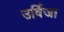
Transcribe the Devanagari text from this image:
उर्विजा